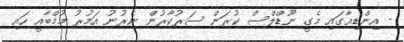
- އިންޑިއާގައި މެގީ ނޫޑްލްސް ކުރަން ސަރުކާރުން ނެރުނު އަމުރު މުމްބާއީ ހައި